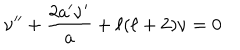
LaTeX: \nu ^ { \prime \prime } + \frac { 2 a ^ { \prime } \nu ^ { \prime } } { a } + \ell ( \ell + 2 ) \nu = 0